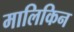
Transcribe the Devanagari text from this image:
मालिकिन